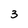
Character: 3